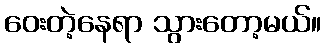
ဝေးတဲ့နေရာ သွားတော့မယ်။